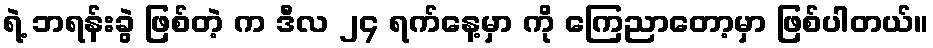
ရဲ့ ဘရန်းခွဲ ဖြစ်တဲ့ က ဒီလ ၂၄ ရက်နေ့မှာ ကို ကြေညာတော့မှာ ဖြစ်ပါတယ်။